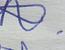
Signature authenticity: genuine